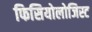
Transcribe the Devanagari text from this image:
फिसियोलोजिस्ट